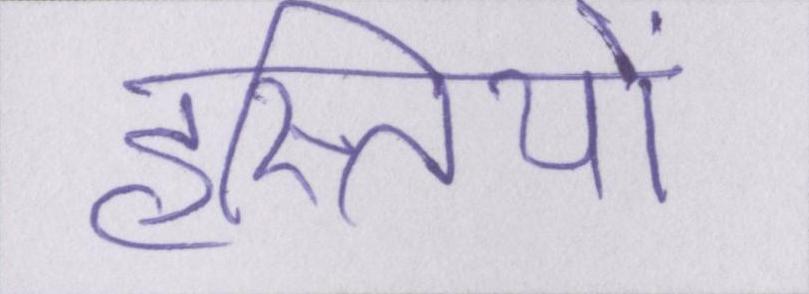
हस्तियों